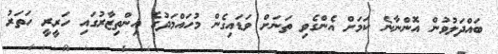
ބައްދަލުވުން އޮންނާނެ ކަމަށް އެންގެވި ތަނަށް ވަޑައިގެން މުހައްމަދުގެ އިންތިޒާރުގައި ހަރީރީ ހަތަރު